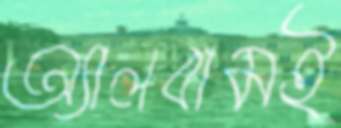
অ্যালবামই